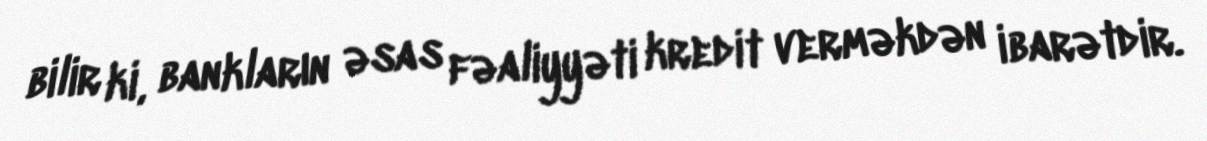
bilir ki, bankların əsas fəaliyyəti kredit verməkdən ibarətdir.